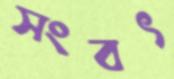
সংবৎ